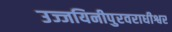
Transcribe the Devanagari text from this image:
उज्जयिनीपुरवराधीश्वर